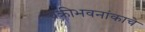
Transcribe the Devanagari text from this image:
वक्रीभवनांकाचे